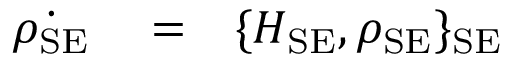
\begin{array} { r l r } { \dot { \rho _ { \mathrm { S E } } } } & { { } = } & { \{ H _ { \mathrm { S E } } , \rho _ { \mathrm { S E } } \} _ { \mathrm { S E } } } \end{array}